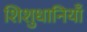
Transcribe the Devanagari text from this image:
शिशुधानियाँ